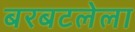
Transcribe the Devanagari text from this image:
बरबटलेला